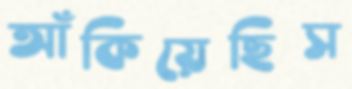
আঁকিয়েছিস